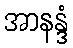
အာနန္ဒံ